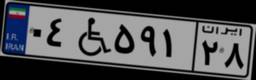
۰۳W۲۴۳۹۲